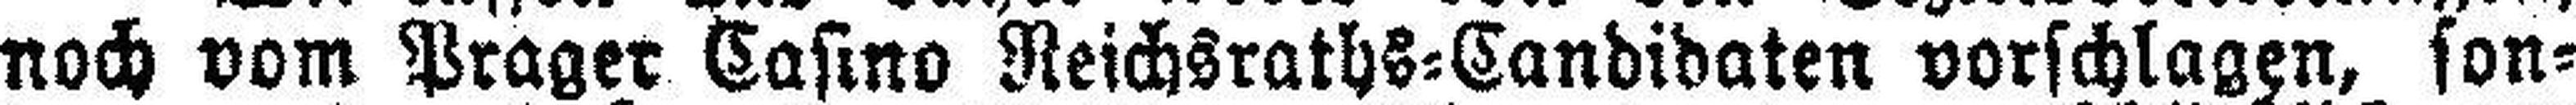
noch vom Prager Casino Reichsraths=Candidaten vorschlagen, son¬